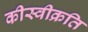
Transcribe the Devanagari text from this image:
कीस्वीक्रति